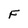
Character: F